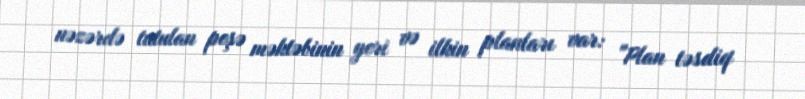
nəzərdə tutulan peşə məktəbinin yeri və ilkin planları var: "Plan təsdiq